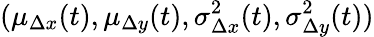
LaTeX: (\mu_{\Delta x}(t),\mu_{\Delta y}(t),\sigma_{\Delta x}^{2}(t),\sigma_{\Delta y}^{2}(t))